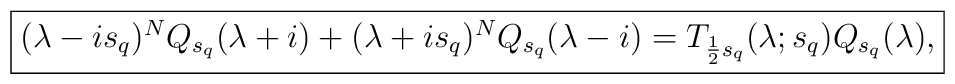
\fbox{$(\lambda-i s_q)^N Q_{s_q}(\lambda+i) +  (\lambda+i s_q)^NQ_{s_q}(\lambda-i) =T_{\frac{1}{2} s_q}(\lambda; s_q) Q_{s_q}(\lambda),$}